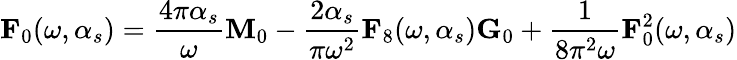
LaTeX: {\mathbf F_{0}}(\omega,\alpha_{s})=\frac{4\pi\alpha_{s}}{\omega}{\mathbf M_{0}}-\frac{2\alpha_{s}}{\pi\omega^{2}}{\mathbf F_{8}}(\omega,\alpha_{s}){\mathbf G_{0}}+\frac{1}{8\pi^{2}\omega}{\mathbf F_{0}^{2}}(\omega,\alpha_{s})